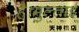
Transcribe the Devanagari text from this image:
है।मुल्ताई